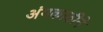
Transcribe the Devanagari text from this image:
अंगकाठीने